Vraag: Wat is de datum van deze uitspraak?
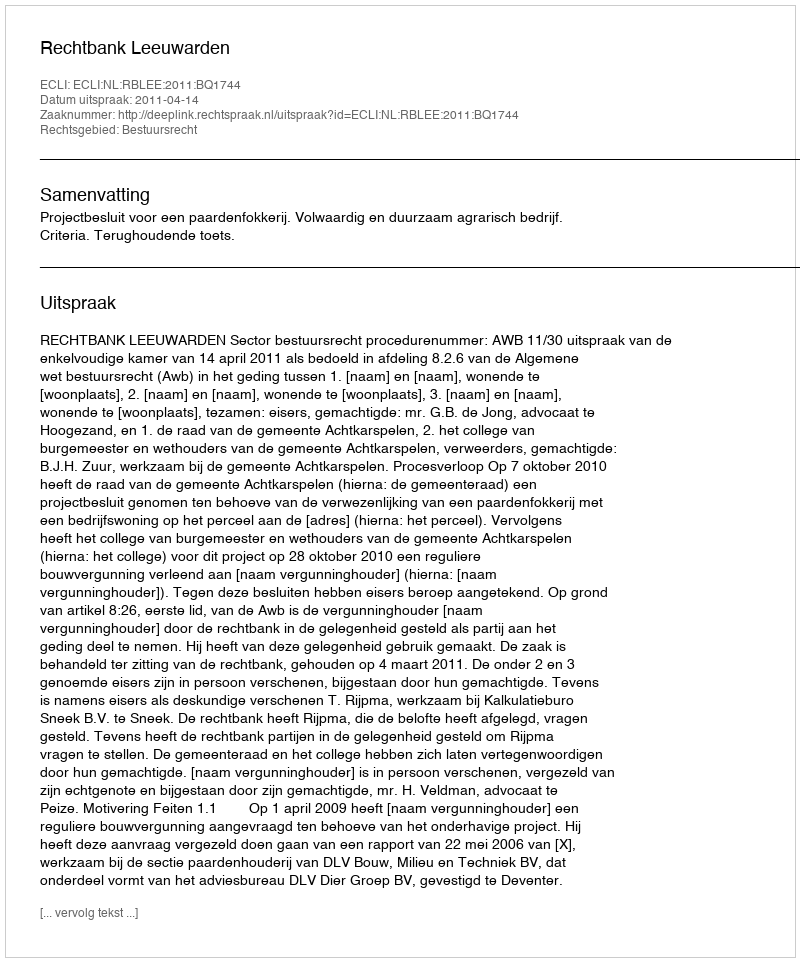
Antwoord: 2011-04-14